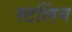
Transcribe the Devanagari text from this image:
स्टलिंग